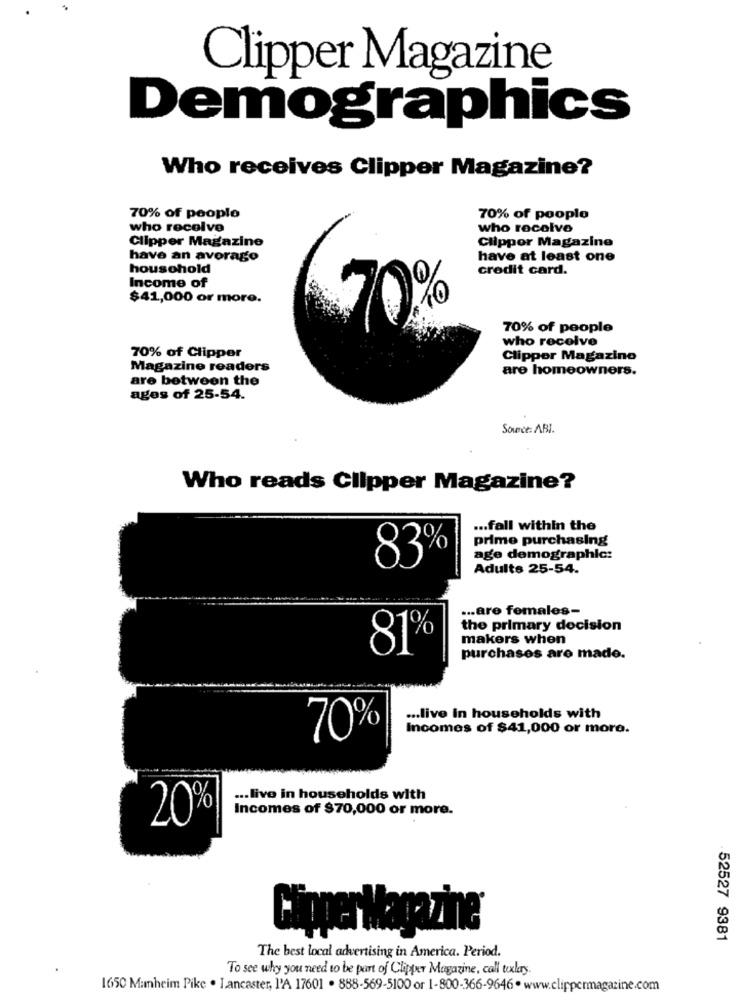
Clipper Magazine
Demographics
Who receives Clipper Magazine?
70% of people
70% of people
who receive
who receive
Clipper Magazine
Clippor Magazine
have an average
have at least one
household
credit card.
Income of
$41,000 or more.
.70
70% of people
who receive
70% of Clipper
Clipper Magazine
Magazine readers
are homeowners.
are between the
ages of 25-54.
Source: ABI.
Who reads Clipper Magazine?
... fall within the
prime purchasing
83%
age demographic:
Adults 25-54.
... are females-
the primary decision
makers when
81%
purchases aro made.
... live in households with
70%
Incomes of $41,000 or more.
... live in households with
Incomes of $70,000 or more.
20%
Cipper Magazine
52527 9381
The best local advertising in America. Period.
To see why you need to be part of Clipper Magazine, call today.
1650 Manheim Pike . Lancaster, l'A 17601 . 888-569-5100 or 1-800-366-9646. www.clippermagazine.com